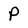
Character: p